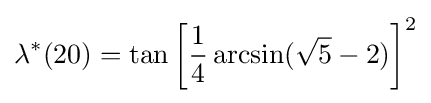
\lambda ^{*}(20)=\tan \left[{\frac {1}{4}}\arcsin({\sqrt {5}}-2)\right]^{2}